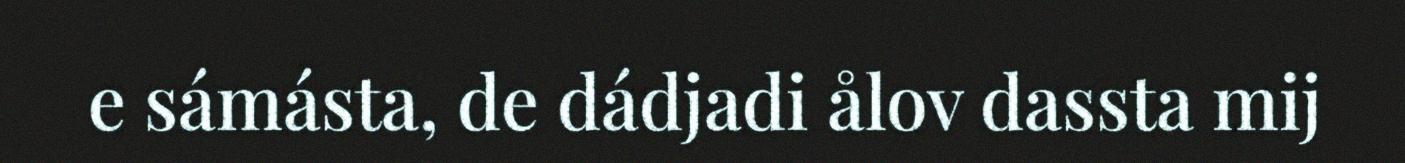
e sámásta, de dádjadi ålov dassta mij